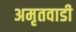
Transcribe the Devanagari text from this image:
अमृतवाडी